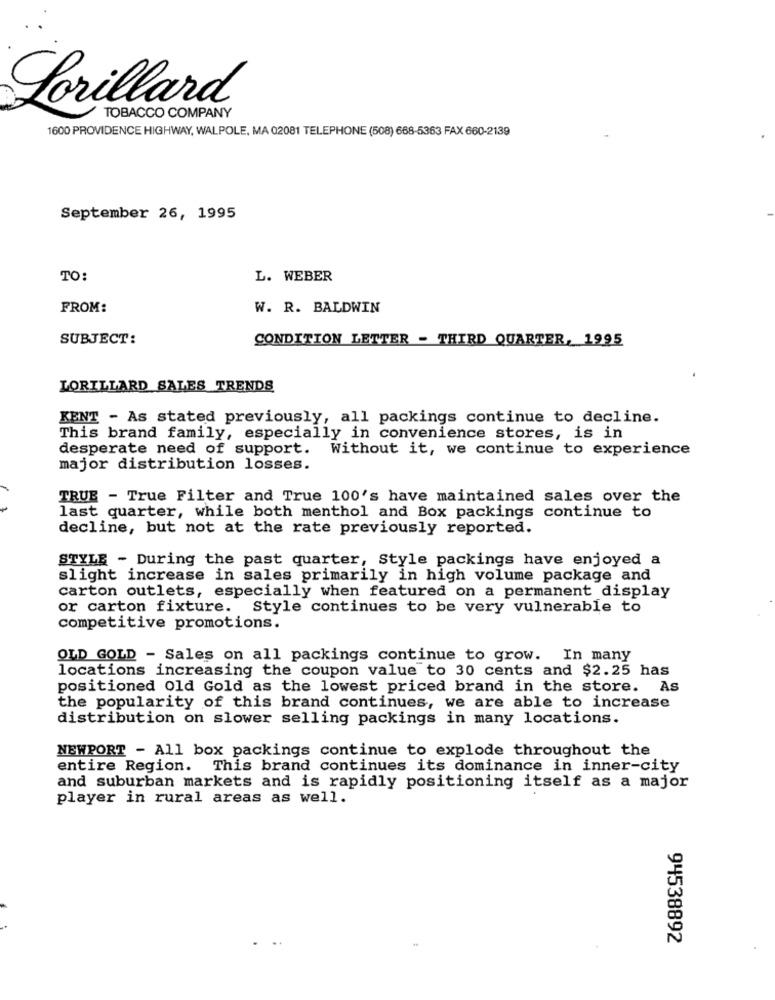
Lorillard
TOBACCO COMPANY
1600 PROVIDENCE HIGHWAY, WALPOLE, MA 02081 TELEPHONE (508) 668-5363 FAX 660-2139
September 26, 1995
TO:
L. WEBER
FROM:
W. R. BALDWIN
SUBJECT:
CONDITION LETTER - THIRD QUARTER, 1995
LORILLARD SALES TRENDS
KENT - As stated previously, all packings continue to decline.
This brand family, especially in convenience stores, is in
desperate need of support. Without it, we continue to experience
major distribution losses.
TRUE - True Filter and True 100's have maintained sales over the
last quarter, while both menthol and Box packings continue to
decline, but not at the rate previously reported.
STYLE - During the past quarter, Style packings have enjoyed a
slight increase in sales primarily in high volume package and
carton outlets, especially when featured on a permanent display
or carton fixture. Style continues to be very vulnerable to
competitive promotions.
OLD GOLD - Sales on all packings continue to grow. In many
locations increasing the coupon value to 30 cents and $2.25 has
positioned Old Gold as the lowest priced brand in the store. As
the popularity of this brand continues, we are able to increase
distribution on slower selling packings in many locations.
NEWPORT - All box packings continue to explode throughout the
entire Region. This brand continues its dominance in inner-city
and suburban markets and is rapidly positioning itself as a major
player in rural areas as well.
94538892